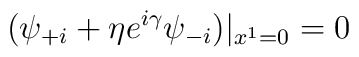
(\psi_{+i}+\eta e^{i\gamma}\psi_{-i})|_{x^1=0}=0